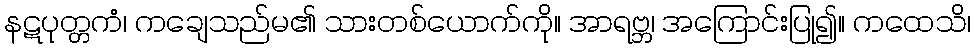
နဋပုတ္တကံ၊ ကချေသည်မ၏ သားတစ်ယောက်ကို။ အာရဗ္ဘ၊ အကြောင်းပြု၍။ ကထေသိ၊